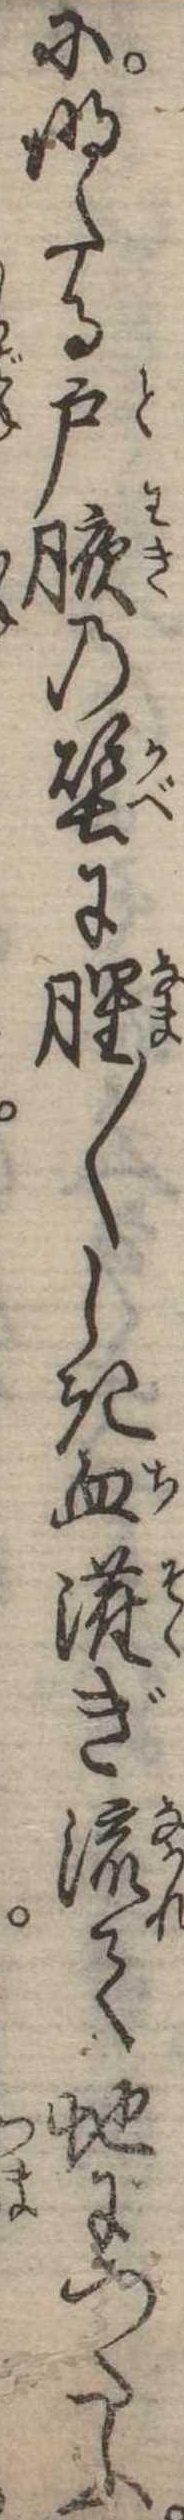
に明たる戸腋の壁に腥〱しき血潅ぎ流て地につたふ